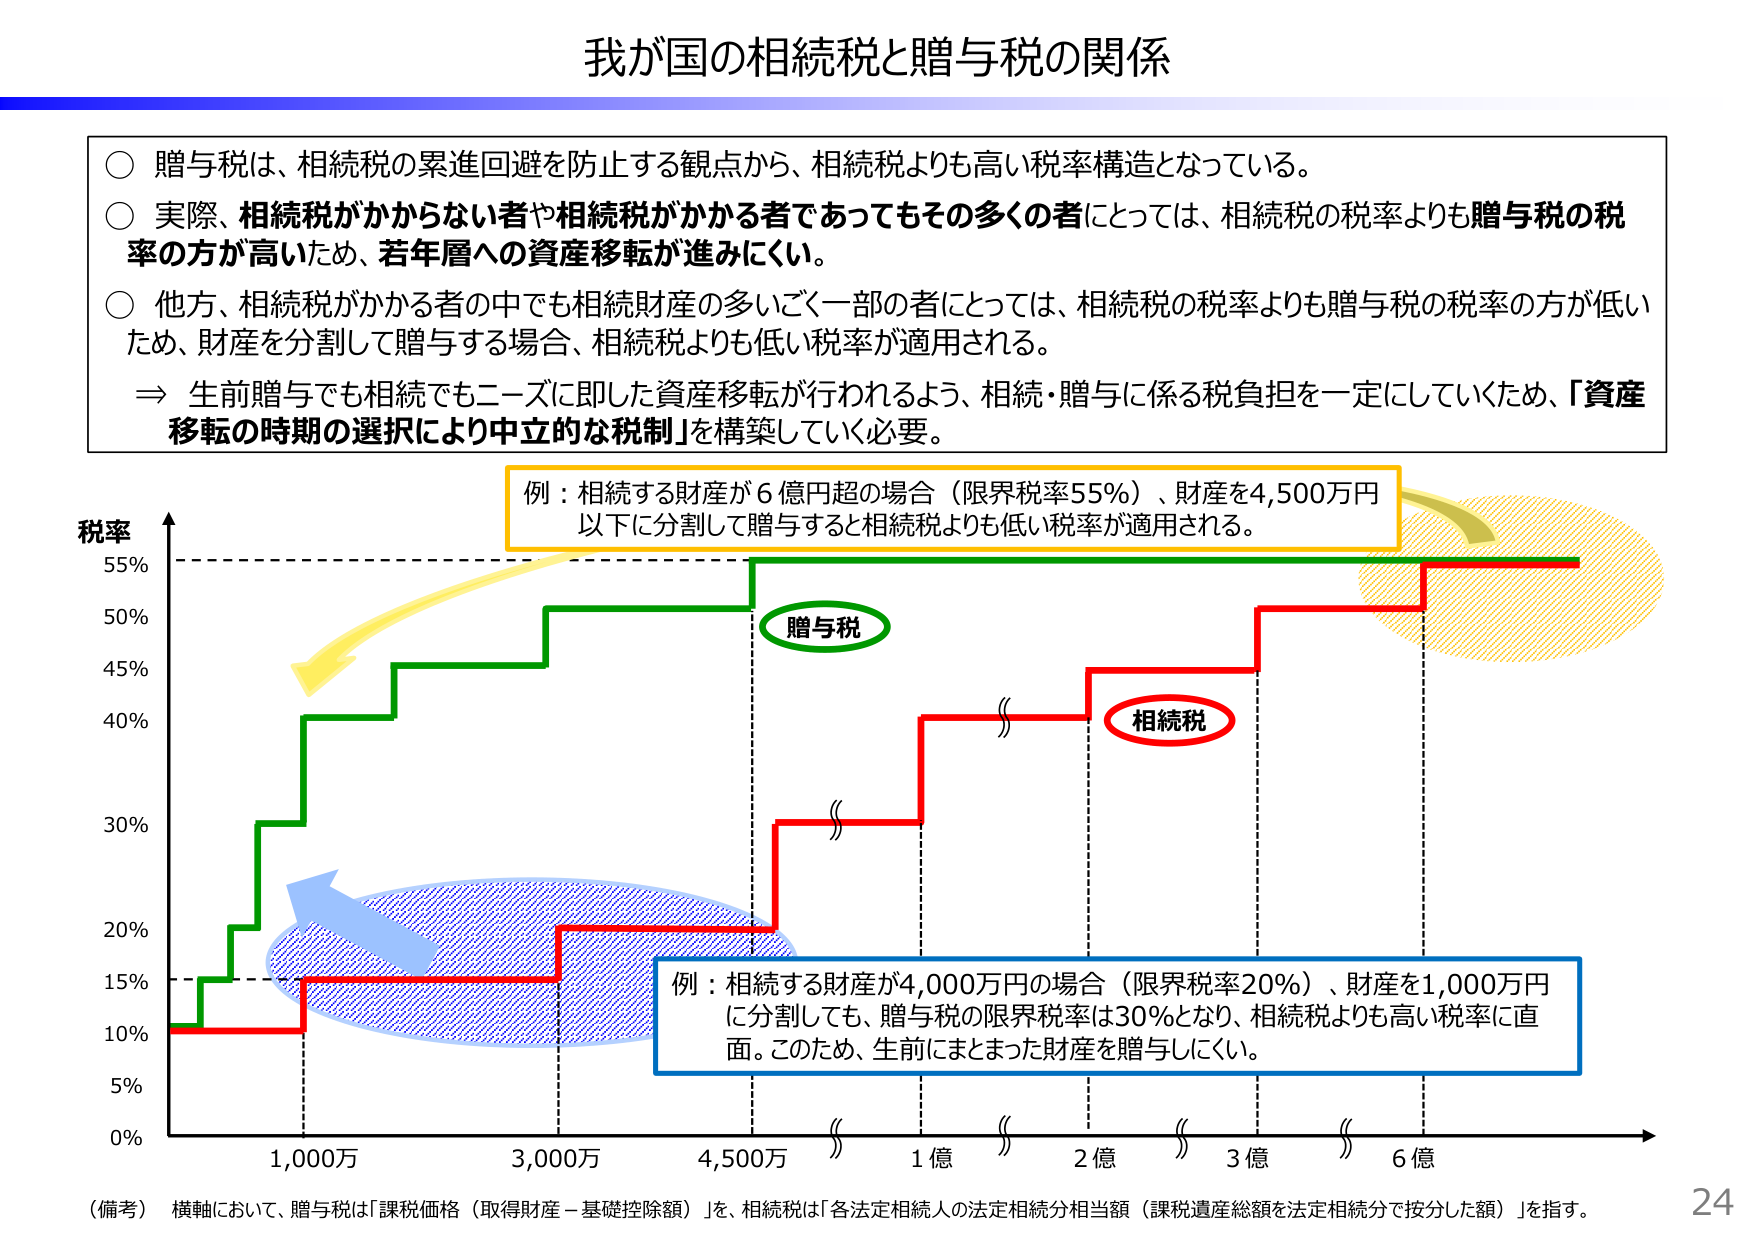
我が国の相続税と贈与税の関係

○ 贈与税は、相続税の累進回避を防止する観点から、相続税よりも高い税率構造となっている。
○ 実際、相続税がかからない者や相続税がかかる者であってもその多くの者にとっては、相続税の税率よりも贈与税の税率の方が高いため、若年層への資産移転が進みにくい。
○ 他方、相続税がかかる者の中でも相続財産の多いごく一部の者にとっては、相続税の税率よりも贈与税の税率の方が低いため、財産を分割して贈与する場合、相続税よりも低い税率が適用される。
⇒ 生前贈与でも相続でもニーズに即した資産移転が行われるよう、相続・贈与に係る税負担を一定にしていくため、「資産移転の時期の選択により中立的な税制」を構築していく必要。

税率
55%
50%
45%
40%
30%
20%
15%
10%
5%
0%

贈与税
相続税

例：相続する財産が6億円超の場合（限界税率55%）、財産を4,500万円以下に分割して贈与すると相続税よりも低い税率が適用される。

例：相続する財産が4,000万円の場合（限界税率20%）、財産を1,000万円に分割しても、贈与税の限界税率は30%となり、相続税よりも高い税率に直面。このため、生前にまとまった財産を贈与しにくい。

（備考）横軸において、贈与税は「課税価格（取得財産－基礎控除額）」を、相続税は「各法定相続人の法定相続分相当額（課税遺産総額を法定相続分で按分した額）」を指す。

1,000万
3,000万
4,500万
1億
2億
3億
6億

24